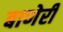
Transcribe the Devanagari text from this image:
बाणेरी